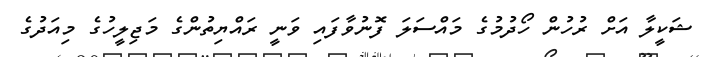
ޝަކީލާ އަށް ރުހުން ހޯދުމުގެ މައްސަލަ ފޮނުވާފައި ވަނީ ރައްޔިތުންގެ މަޖިލީހުގެ މިއަދުގެ